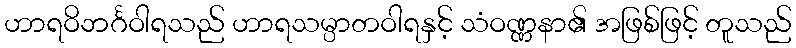
ဟာရဝိဘင်္ဂဝါရသည် ဟာရသမ္ပာတဝါရနှင့် သံဝဏ္ဏနာ၏ အဖြစ်ဖြင့် တူသည်